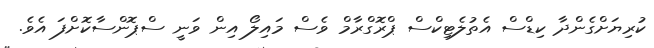
ކުރިޔަށްގެންދާ ކިޑްސް އެތުލެޓިކްސް ޕްރޮގްރާމް ވެސް މައިލޯ އިން ވަނީ ސްޕޮންސާކޮށްފަ އެވެ.